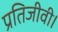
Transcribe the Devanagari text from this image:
प्रतिजीवी।